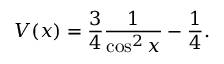
V ( x ) = \frac { 3 } { 4 } \frac { 1 } { \cos ^ { 2 } x } - \frac { 1 } { 4 } .